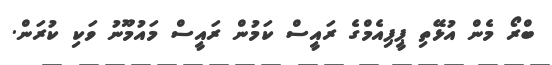
ބްރޯ މެން އުޅޭތި ޕީޕިއެމްގެ ރައީސް ކަމުން ރައީސް މައުމޫނު ވަކި ކުރަން.